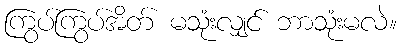
ကြွပ်ကြွပ်အိတ် မသုံးလျှင် ဘာသုံးမလဲ။